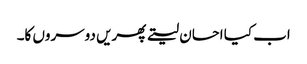
اب کیا احسان لیتے پھریں دوسروں کا۔